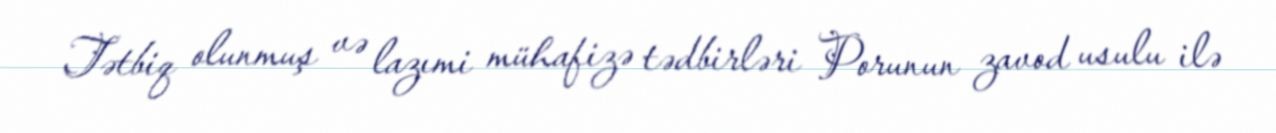
Tətbiq olunmuş və lazımi mühafizə tədbirləri Porunun zavod usulu ilə